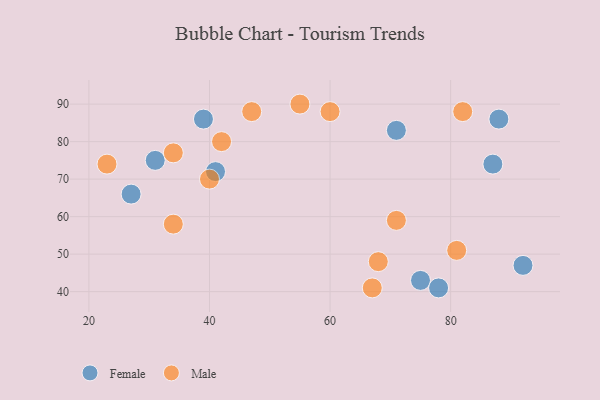
{"axis": {"x": "GDP", "y": "Life Expectancy"}, "legend": ["Female", "Male"], "data": [{"x": "27", "y": 66, "type": "Female"}, {"x": "41", "y": 72, "type": "Female"}, {"x": "71", "y": 83, "type": "Female"}, {"x": "39", "y": 86, "type": "Female"}, {"x": "88", "y": 86, "type": "Female"}, {"x": "87", "y": 74, "type": "Female"}, {"x": "75", "y": 43, "type": "Female"}, {"x": "78", "y": 41, "type": "Female"}, {"x": "31", "y": 75, "type": "Female"}, {"x": "92", "y": 47, "type": "Female"}, {"x": "42", "y": 80, "type": "Male"}, {"x": "34", "y": 77, "type": "Male"}, {"x": "47", "y": 88, "type": "Male"}, {"x": "82", "y": 88, "type": "Male"}, {"x": "81", "y": 51, "type": "Male"}, {"x": "71", "y": 59, "type": "Male"}, {"x": "55", "y": 90, "type": "Male"}, {"x": "40", "y": 70, "type": "Male"}, {"x": "60", "y": 88, "type": "Male"}, {"x": "67", "y": 41, "type": "Male"}, {"x": "23", "y": 74, "type": "Male"}, {"x": "34", "y": 58, "type": "Male"}, {"x": "68", "y": 48, "type": "Male"}]}